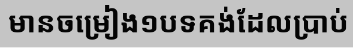
មានចម្រៀង១បទគង់ដែលប្រាប់